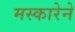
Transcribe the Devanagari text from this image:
मस्कारेने